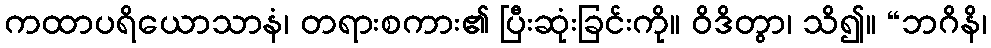
ကထာပရိယောသာနံ၊ တရားစကား၏ ပြီးဆုံးခြင်းကို။ ဝိဒိတွာ၊ သိ၍။ “ဘဂိနိ၊